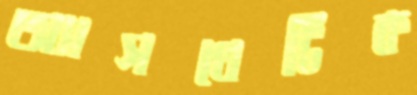
অ্যাসথেটিক